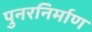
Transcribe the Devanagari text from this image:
पुनरनिर्माण